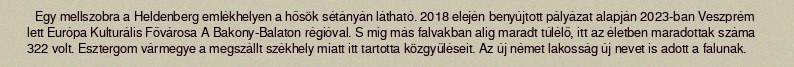
Egy mellszobra a Heldenberg emlékhelyen a hősök sétányán látható. 2018 elején benyújtott pályázat alapján 2023-ban Veszprém lett Európa Kulturális Fővárosa A Bakony-Balaton régióval. S míg más falvakban alig maradt túlélő, itt az életben maradottak száma 322 volt. Esztergom vármegye a megszállt székhely miatt itt tartotta közgyűléseit. Az új német lakosság új nevet is adott a falunak.